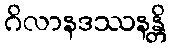
ဂိလာနဒဿနန္တိ